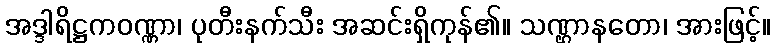
အဒ္ဒါရိဋ္ဌကဝဏ္ဏာ၊ ပုတီးနက်သီး အဆင်းရှိကုန်၏။ သဏ္ဌာနတော၊ အားဖြင့်။